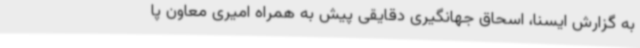
به گزارش ایسنا، اسحاق جهانگیری دقایقی پیش به همراه امیری معاون پا